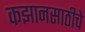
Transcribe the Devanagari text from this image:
कझानसाठीचे